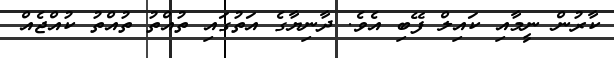
ކާރުން ނީމާއި ކައިލް ފޭބި އެވެ. ދާނިޔާގެ އަތުގައި ތުއްތު ތުއްތު ކުއްޖެއް